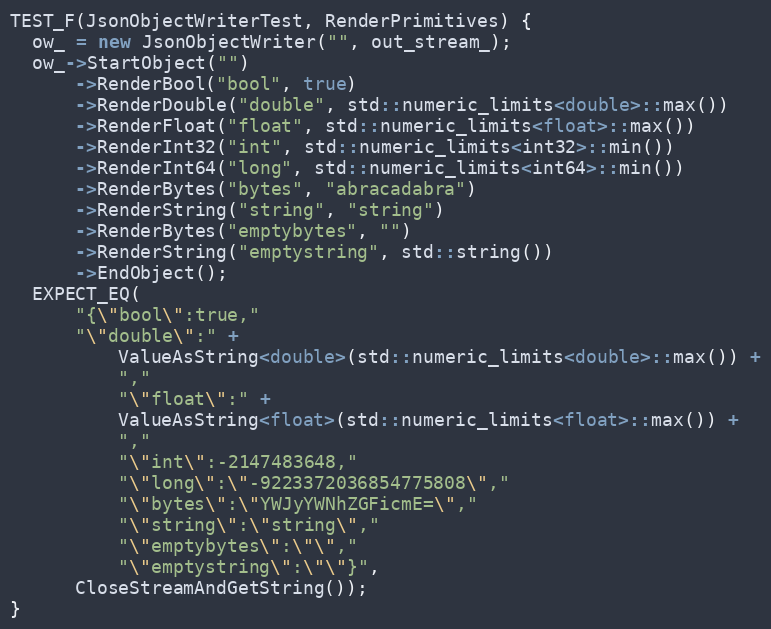
Language: C++
TEST_F(JsonObjectWriterTest, RenderPrimitives) {
  ow_ = new JsonObjectWriter("", out_stream_);
  ow_->StartObject("")
      ->RenderBool("bool", true)
      ->RenderDouble("double", std::numeric_limits<double>::max())
      ->RenderFloat("float", std::numeric_limits<float>::max())
      ->RenderInt32("int", std::numeric_limits<int32>::min())
      ->RenderInt64("long", std::numeric_limits<int64>::min())
      ->RenderBytes("bytes", "abracadabra")
      ->RenderString("string", "string")
      ->RenderBytes("emptybytes", "")
      ->RenderString("emptystring", std::string())
      ->EndObject();
  EXPECT_EQ(
      "{\"bool\":true,"
      "\"double\":" +
          ValueAsString<double>(std::numeric_limits<double>::max()) +
          ","
          "\"float\":" +
          ValueAsString<float>(std::numeric_limits<float>::max()) +
          ","
          "\"int\":-2147483648,"
          "\"long\":\"-9223372036854775808\","
          "\"bytes\":\"YWJyYWNhZGFicmE=\","
          "\"string\":\"string\","
          "\"emptybytes\":\"\","
          "\"emptystring\":\"\"}",
      CloseStreamAndGetString());
}